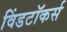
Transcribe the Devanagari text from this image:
विंडटॉकर्स